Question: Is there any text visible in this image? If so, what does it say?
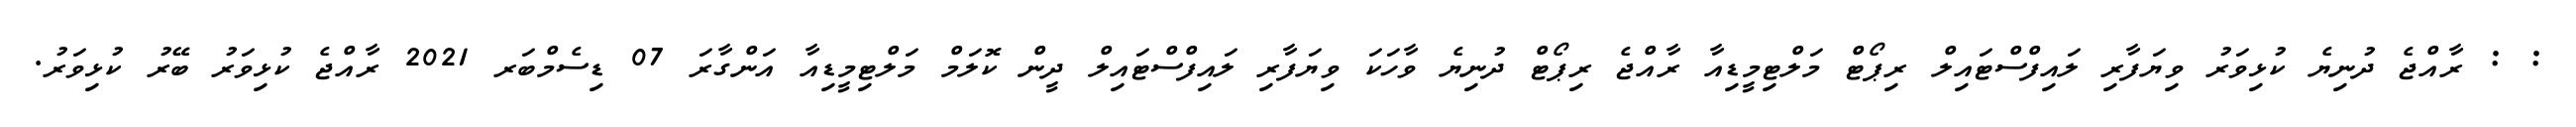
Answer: : : ރާއްޖެ ދުނިޔެ ކުޅިވަރު ވިޔަފާރި ލައިފްސްޓައިލް ރިޕޯޓް މަލްޓިމީޑިއާ ރާއްޖެ ރިޕޯޓް ދުނިޔެ ވާހަކަ ވިޔަފާރި ލައިފްސްޓައިލް ދީން ކޮލަމް މަލްޓިމީޑިއާ އަންގާރަ 07 ޑިސެމްބަރ 2021 ރާއްޖެ ކުޅިވަރު ބޭރު ކުޅިވަރު.